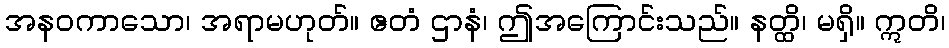
အနဝကာသော၊ အရာမဟုတ်။ ဧတံ ဌာနံ၊ ဤအကြောင်းသည်။ နတ္ထိ၊ မရှိ။ ဣတိ၊